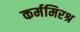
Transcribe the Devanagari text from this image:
कर्ममिरश्र